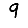
Digit: 9